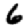
Digit: 6